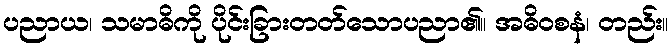
ပညာယ၊ သမာဓိကို ပိုင်းခြားတတ်သောပညာ၏။ အဓိဝစနံ၊ တည်း။